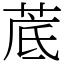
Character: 菧